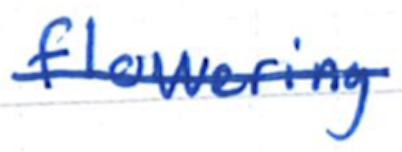
Text: flowering
Cross-out: single-line
Writing tool: ballpoint